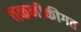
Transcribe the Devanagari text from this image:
तकनीकीगत